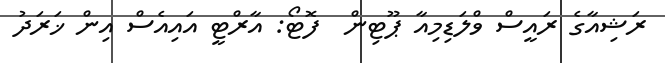
ރަޝިއާގެ ރައީސް ވްލަޑިމިއާ ޕޫޓިން  ފޮޓޯ: އާރްޓީ އައިއެސް އިން ޚަރަދު